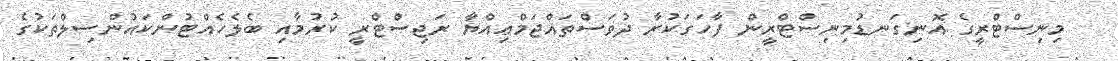
މިނިސްޓްރީގެ އޮނިގަނޑުމިނިސްޓްރީން ފާހަގަކުރާ ދުވަސްތައްޖަމްޢިއްޔާ ރަޖިސްޓްރީ ކުރުމާއި ބެލެހެއްޓުންކައުންސިލްތަކުގެ